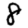
Digit: 8